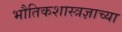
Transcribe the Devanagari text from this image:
भौतिकशास्त्रज्ञाच्या